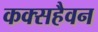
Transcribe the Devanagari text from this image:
कक्सहैवन